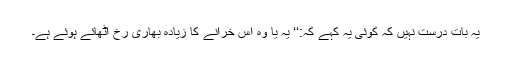
یہ بات درست نہیں کہ کوئی یہ کہے کہ:‘‘ یہ یا وہ اس خرانے کا زیادہ بھاری رخ اٹھائے ہوئے ہے۔